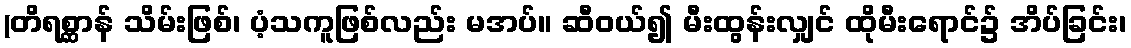
(တိရစ္ဆာန် သိမ်းဖြစ်၊ ပံ့သကူဖြစ်လည်း မအပ်။ ဆီဝယ်၍ မီးထွန်းလျှင် ထိုမီးရောင်၌ အိပ်ခြင်း၊